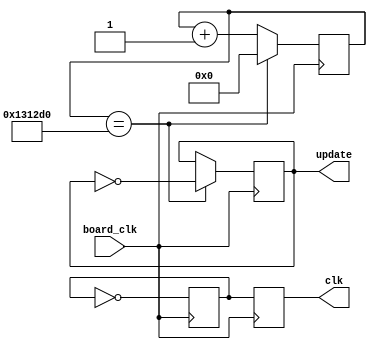
module clock_converter(board_clk,update,clk);
input board_clk;
output reg update,clk;
reg [21:0]count;	
reg a;
	
//the update clock is for controlling how fast the frog and car positions update
always@(posedge board_clk)
	begin
		count <= count + 22'd1;
		if(count == 22'd1250000)
		begin
			update <= ~update;
			count <= 22'd0;
		end	
	end
//
	
//converts the board clock (50MHz) to  the VGA clock (25MHz)
always@(posedge board_clk)
	begin
		a <= ~a; 
		clk <= a;
	end
//	
endmodule